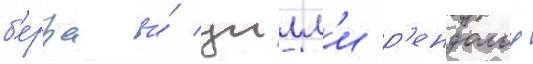
б'ерра и́ уилл'и р'ендольф